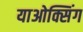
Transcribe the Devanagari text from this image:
याओक्सिंग